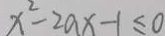
x ^ { 2 } - 2 a x - 1 \leq 0